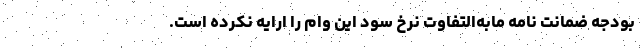
بودجه ضمانت نامه مابه‌التفاوت نرخ سود این وام را ارایه نکرده است.